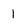
Character: I